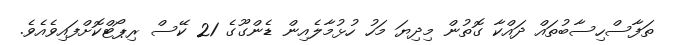
ތަފާސްހިސާބުތައް ދައްކާ ގޮތުން މިދިޔަ މަހު ހުޅުމާލެއިން ޑެންގޫގެ 21 ކޭސް ރިޕޯޓްކޮށްފައިވެއެވެ.